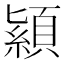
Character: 顈